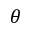
\theta